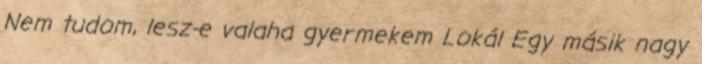
Nem tudom, lesz-e valaha gyermekem Lokál Egy másik nagy